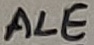
Text: ALE